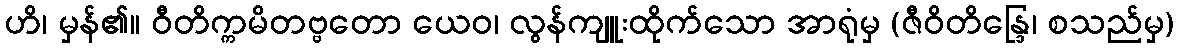
ဟိ၊ မှန်၏။ ဝီတိက္ကမိတဗ္ဗတော ယေဝ၊ လွန်ကျူးထိုက်သော အာရုံမှ (ဇီဝိတိန္ဒြေ၊ စသည်မှ)